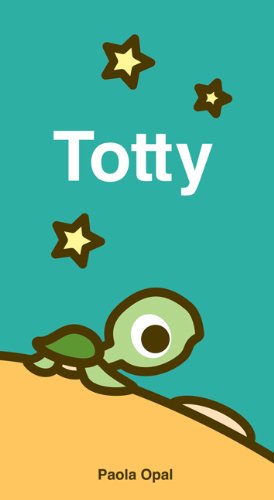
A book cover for Totty (Simply Small); Children's Books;